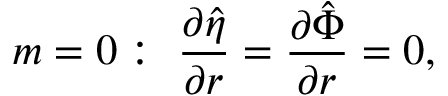
m = 0 : \ \frac { \partial \hat { \eta } } { \partial r } = \frac { \partial \hat { \Phi } } { \partial r } = 0 ,